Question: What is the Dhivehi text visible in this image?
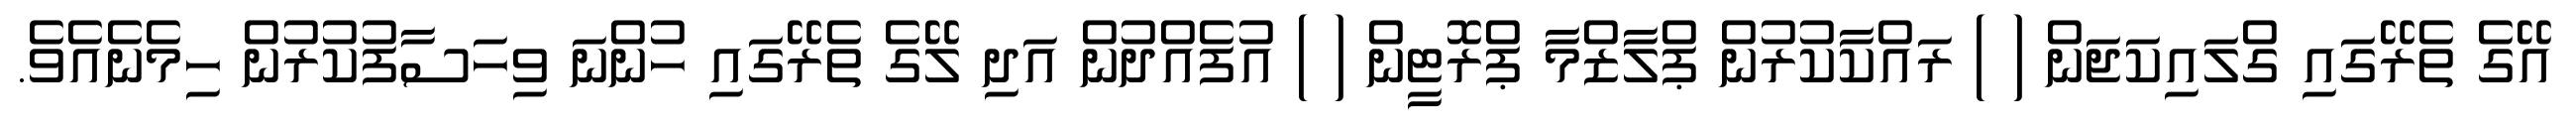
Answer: އޭގެ ތެރޭގައި ގްލައިކަޖަން ( ) ރައްކާކުރުން ޕްލާޒްމާ ޕްރޮޓީން ( ) އުފެއްދުން އަދި ލޭގެ ތެރޭގައި ހުންނަ ވިހަސާފުކުރުން ހިމެނެއެވެ.